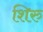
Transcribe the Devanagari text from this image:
शिरु